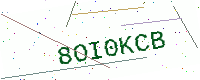
Text: 8OI0KCB